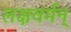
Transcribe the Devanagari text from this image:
लक्षवर्मन्‌